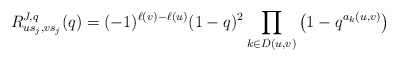
\begin{align*}R_{us_j,vs_j}^{J,q}(q)=(-1)^{\ell(v)-\ell(u)}(1-q)^2\prod_{k\in D(u,v)}\left(1-q^{a_k(u,v)}\right)\end{align*}